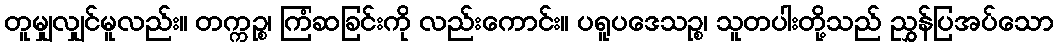
တူမျှလျှင်မူလည်း။ တက္ကဉ္စ၊ ကြံဆခြင်းကို လည်းကောင်း။ ပရူပဒေသဉ္စ၊ သူတပါးတို့သည် ညွှန်ပြအပ်သော